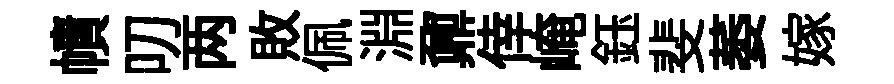
幘叨两敗佩淵鼐倖崦鈺斐萎嫁